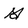
Character: G